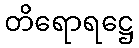
တိရောရဋ္ဌေ